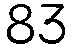
83